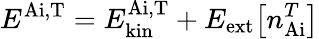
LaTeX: {E^{\mathrm{Ai,T}}=E_{\mathrm{kin}}^{\mathrm{Ai,T}}+E_{\mathrm{ext}}\big[n_{\mathrm{Ai}}^{T}\big]}